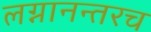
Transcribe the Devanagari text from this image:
लग्नानन्तरच